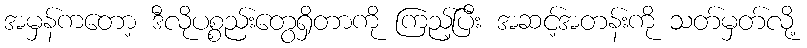
အမှန်ကတော့ ဒီလိုပစ္စည်းတွေရှိတာကို ကြည့်ပြီး အဆင့်အတန်းကို သတ်မှတ်လို့